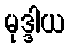
မုဒ္ဒါယ